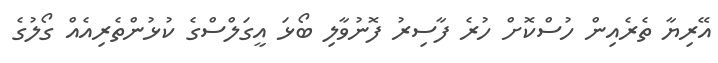
އޭރިޔާ ތެރެއިން ހުސްކޮށް ހުރެ ފާސިރު ފޮނުވާލި ބޯޅަ އީގަލްސްގެ ކުޅުންތެރިއެއް ގޯލުގެ